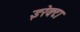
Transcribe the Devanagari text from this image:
इरेक्टा